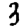
Digit: 3